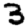
Digit: 3